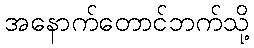
အနောက်တောင်ဘက်သို့